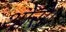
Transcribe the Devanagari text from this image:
थोरो।